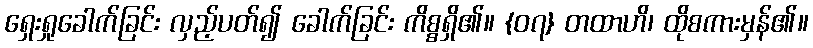
ရှေးရှုခေါက်ခြင်း လှည့်ပတ်၍ ခေါက်ခြင်း ကိစ္စရှိ၏။ {၀၇} တထာဟိ၊ ထိုစကားမှန်၏။